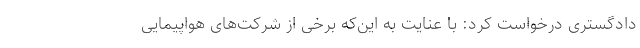
دادگستری درخواست کرد: با عنایت به این‌که برخی از شرکت‌های هواپیمایی